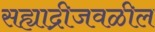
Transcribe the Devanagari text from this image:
सह्याद्रीजवळील